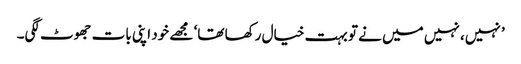
’ نہیں، نہیں میں نے تو بہت خیال رکھا تھا‘ مجھے خود اپنی بات جھوٹ لگی۔